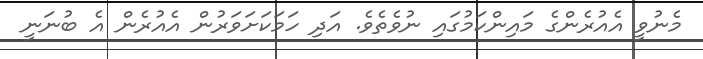
މެނުވީ އެއުރެންގެ މައިންކަމުގައި ނުވެތެވެ. އަދި ހަމަކަށަވަރުން އެއުރެން އެ ބުނަނީ